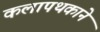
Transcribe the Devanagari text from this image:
कलापथकाने